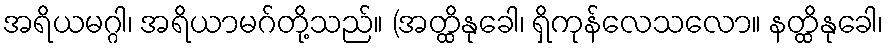
အရိယမဂ္ဂါ၊ အရိယာမဂ်တို့သည်။ (အတ္ထိနုခေါ၊ ရှိကုန်လေသလော။ နတ္ထိနုခေါ၊